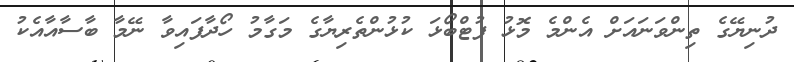
ދުނިޔޭގެ ތިންވަނައަށް އެންމެ މޮޅު ފުޓްބޯޅަ ކުޅުންތެރިޔާގެ މަގާމު ހޯދާފައިވާ ނޭމާ ބާސާއާއެކު